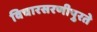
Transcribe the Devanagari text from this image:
विचारसरणीपुरते